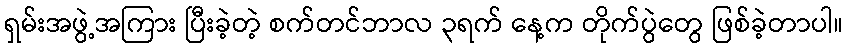
ရှမ်းအဖွဲ့အကြား ပြီးခဲ့တဲ့ စက်တင်ဘာလ ၃ရက် နေ့က တိုက်ပွဲတွေ ဖြစ်ခဲ့တာပါ။